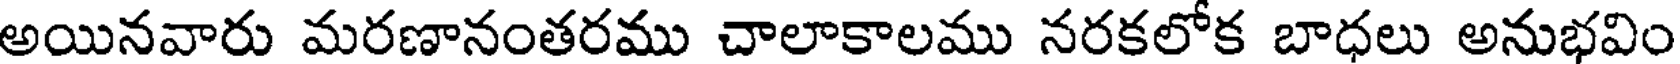
అయినవారు మరణానంతరము చాలాకాలము నరకలోక బాధలు అనుభవిం